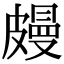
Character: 㿸